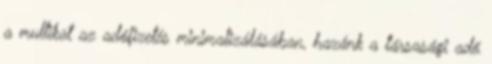
a multikat az adófizetés minimalizálásában, hazánk a társasági adó